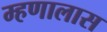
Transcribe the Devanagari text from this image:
म्हणालास